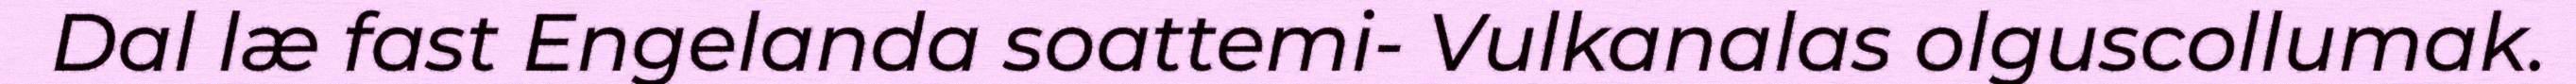
Dal læ fast Engelanda soattemi- Vulkanalas olguscollumak.